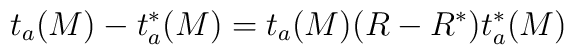
t_a(M) - t_a^*(M) = t_a(M)(R-R^*)t_a^*(M)